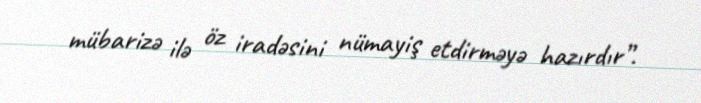
mübarizə ilə öz iradəsini nümayiş etdirməyə hazırdır”.